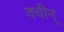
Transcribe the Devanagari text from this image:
क्वीन्